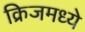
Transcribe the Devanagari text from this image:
क्रिजमध्ये